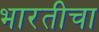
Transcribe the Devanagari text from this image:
भारतीचा